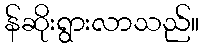
န်ဆိုးရွားလာသည်။